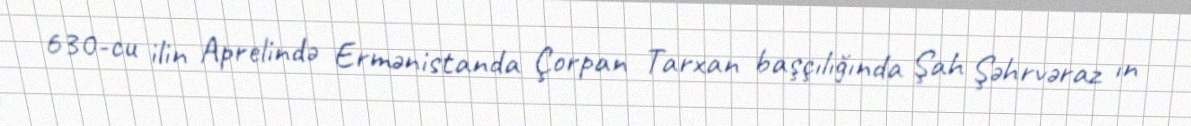
630-cu ilin Aprelində Ermənistanda Çorpan Tarxan başçılığında Şah Şəhrvəraz ın